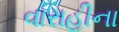
વારાહીના